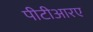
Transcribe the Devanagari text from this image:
पीटीआरए